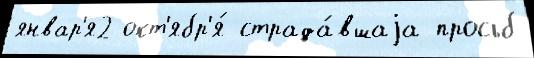
январ'я2 окт'ябр'я́ страда́вшаjа просьб